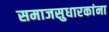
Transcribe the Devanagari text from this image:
समाजसुधारकांना